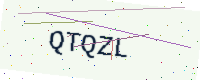
Text: QTQZL